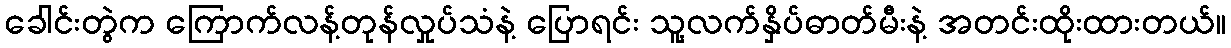
ခေါင်းတွဲက ကြောက်လန့်တုန်လှုပ်သံနဲ့ ပြောရင်း သူ့လက်နှိပ်ဓာတ်မီးနဲ့ အတင်းထိုးထားတယ်။